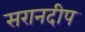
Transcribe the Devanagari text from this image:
सरानदीप